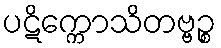
ပဋိက္ကောသိတဗ္ဗဉ္စ